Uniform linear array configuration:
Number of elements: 12
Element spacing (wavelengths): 0.75
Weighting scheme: binomial
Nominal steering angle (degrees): -30
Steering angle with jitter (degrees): -29.581
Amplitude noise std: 0.05
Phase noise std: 0.05

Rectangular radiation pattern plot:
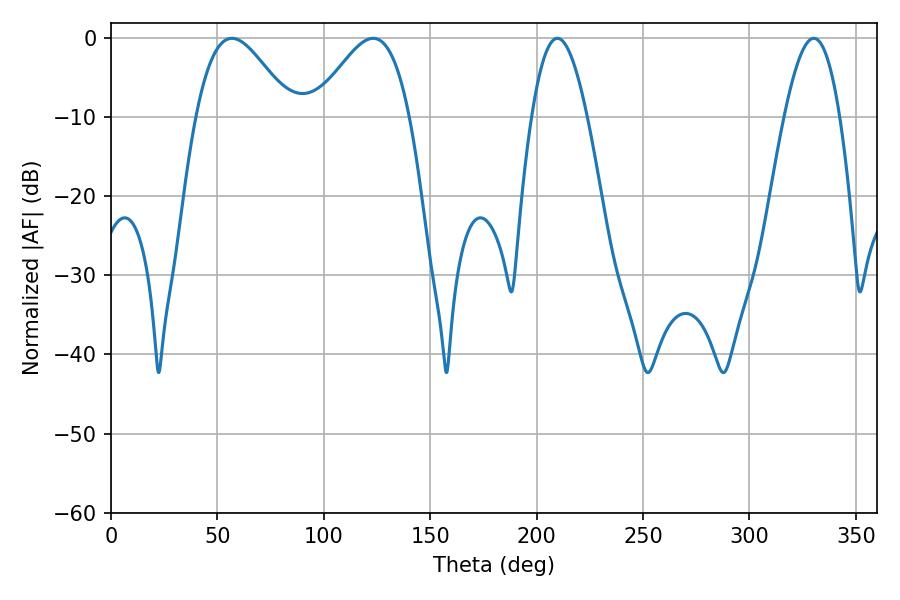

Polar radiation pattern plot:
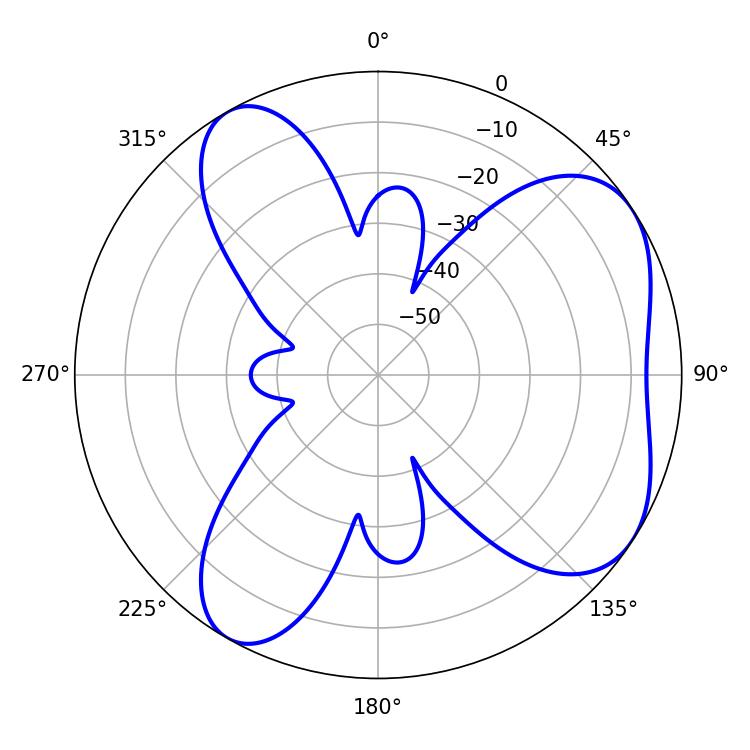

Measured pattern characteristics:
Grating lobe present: TRUE
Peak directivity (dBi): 5.664
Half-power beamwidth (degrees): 23.94
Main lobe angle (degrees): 56.88